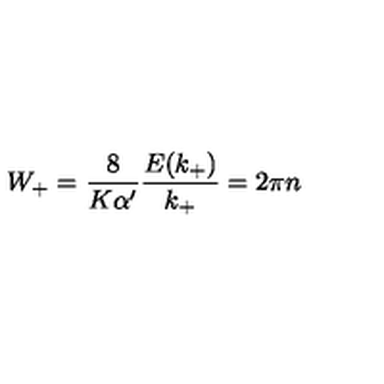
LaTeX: W _ { + } = \frac { 8 } { K \alpha ^ { \prime } } \frac { E ( k _ { + } ) } { k _ { + } } = 2 \pi n